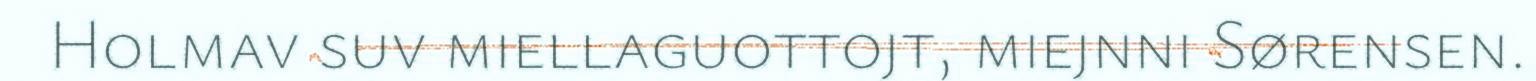
Holmav suv miellaguottojt, miejnni Sørensen.